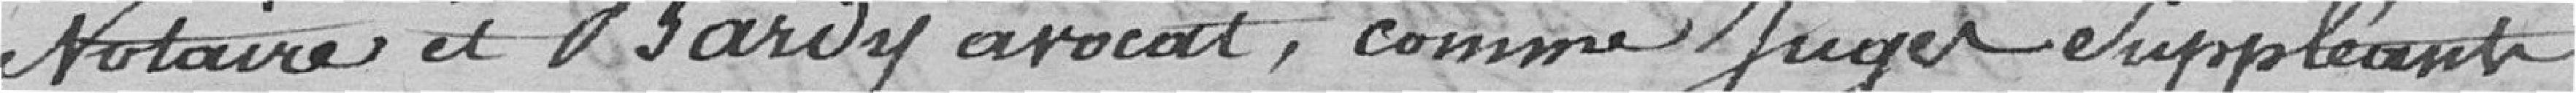
notaire et Bardy avocat, comme juges suppléants